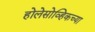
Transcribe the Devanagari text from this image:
होलेसोव्हिकच्या